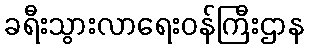
ခရီးသွားလာရေးဝန်ကြီးဌာန